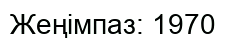
Жеңімпаз: 1970